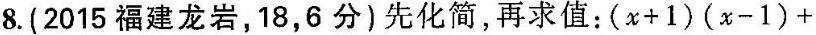
8.(2015福建龙岩，18，6分)先化简，再求值：$$(x+1)(x-1)+$$